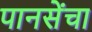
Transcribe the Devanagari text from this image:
पानसेंचा